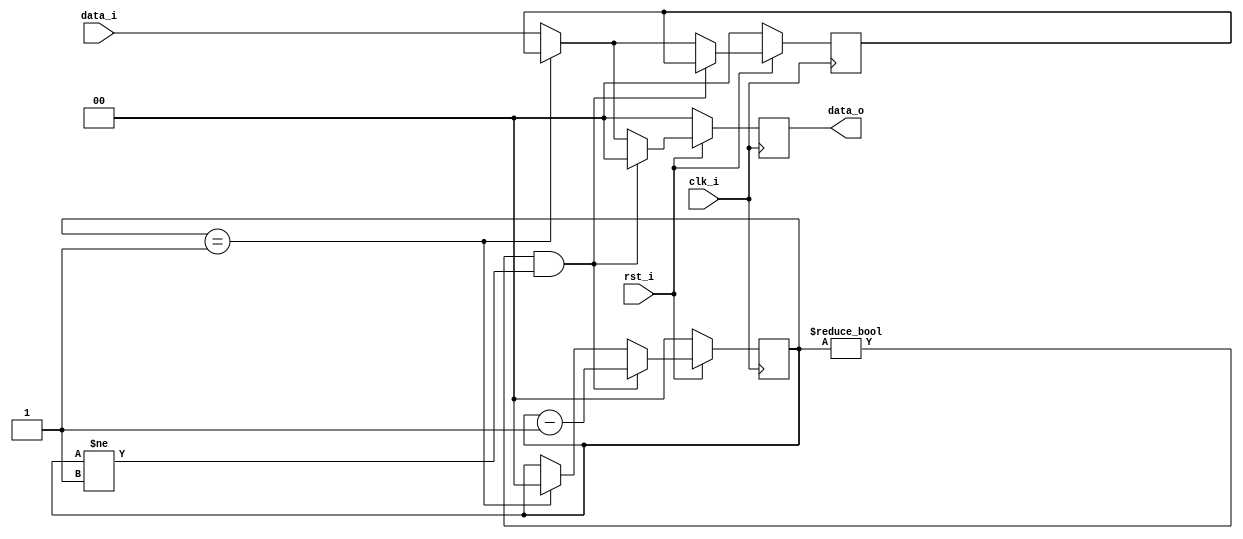
`timescale 1ns / 1ps
//Subject:     CO project 4 - Pipe Register
//--------------------------------------------------------------------------------
//Version:     1
//--------------------------------------------------------------------------------
//Writer:      
//----------------------------------------------
//Date:        
//----------------------------------------------
//Description: 
//--------------------------------------------------------------------------------
module Pipe_Reg(
    clk_i,
    rst_i,
    data_i,
    data_o
    );
					
parameter size = 0;

input   clk_i;		  
input   rst_i;
input   [size-1:0] data_i;
output reg  [size-1:0] data_o;

// Internal signal
reg     [1:0]       counter;
reg     [size-1:0]  record;
	  
always@(posedge clk_i) begin
    if(~rst_i) begin
        counter <= 0;
        record <= 0;
        data_o <= 0;
    end
    else if (counter != 0 && counter != 1) begin
        counter <= counter - 1;
        record <= record;
        data_o <= {1'b1, 64'd0};
    end
    else if (counter == 1) begin
        counter <= 0;
        record <= record;
        data_o <= record;
    end
    else if (size == 65 && record != 0) begin
        if ((data_i[31:26] == 35 || data_i[31:26] == 43 || data_i[31:26] == 8 || data_i[31:26] == 10) &&
                (record[31:26] == 8 || record[31:26] == 10 || record[31:26] == 35 || record[31:26] == 43) &&
                (record[20:16] == data_i[25:21])) begin // pre: lw / sw, now: lw / sw / addi / slti
            counter <= 2;
            record <= data_i;
            data_o <= {1'b1, 64'd0};
        end
        else if ((data_i[31:26] == 35 || data_i[31:26] == 43 || data_i[31:26] == 8 || data_i[31:26] == 10) &&
                (record[31:26] == 0) &&
                (record[15:11] == data_i[25:21])) begin // pre: R-type, now:lw / sw / addi / slti
            counter <= 2;
            record <= data_i;
            data_o <= {1'b1, 64'd0};
        end
        else if ((data_i[31:26] == 0) && 
                (record[31:26] == 35 || record[31:26] == 43 || record[31:26] == 8 || record[31:26] == 10) &&
                (data_i[25:21] == record[20:16] || data_i[20:16] == record[20:16])) begin
            counter <= 2;
            record <= data_i;
            data_o <= {1'b1, 64'd0};
        end
        else if ((data_i[31:26] == 0) && 
                (record[31:26] == 0) &&
                (data_i[25:21] == record[15:11] || data_i[20:16] == record[15:11])) begin
            counter <= 2;
            record <= data_i;
            data_o <= {1'b1, 64'd0};
        end
        else begin
            counter <= counter;
            record <= data_i;
            data_o <= data_i;
        end
    end
    else begin
        counter <= counter;
        record <= data_i;
        data_o <= data_i;
    end
end

endmodule